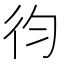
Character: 𢓈